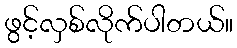
ဖွင့်လှစ်လိုက်ပါတယ်။